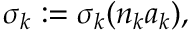
\sigma _ { k } : = \sigma _ { k } ( n _ { k } a _ { k } ) ,